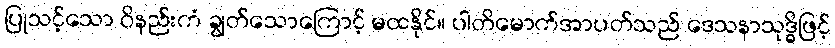
ပြုသင့်သော ဝိနည်းကံ ချွတ်သောကြောင့် မထနိုင်။ ပါတိမောက်အာပတ်သည် ဒေသနာသုဒ္ဓိဖြင့်